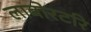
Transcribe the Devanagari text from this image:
लाबोरटरि